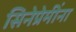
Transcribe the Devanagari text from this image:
सिनेप्रेमींना